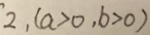
2 , ( a > 0 , b > 0 )